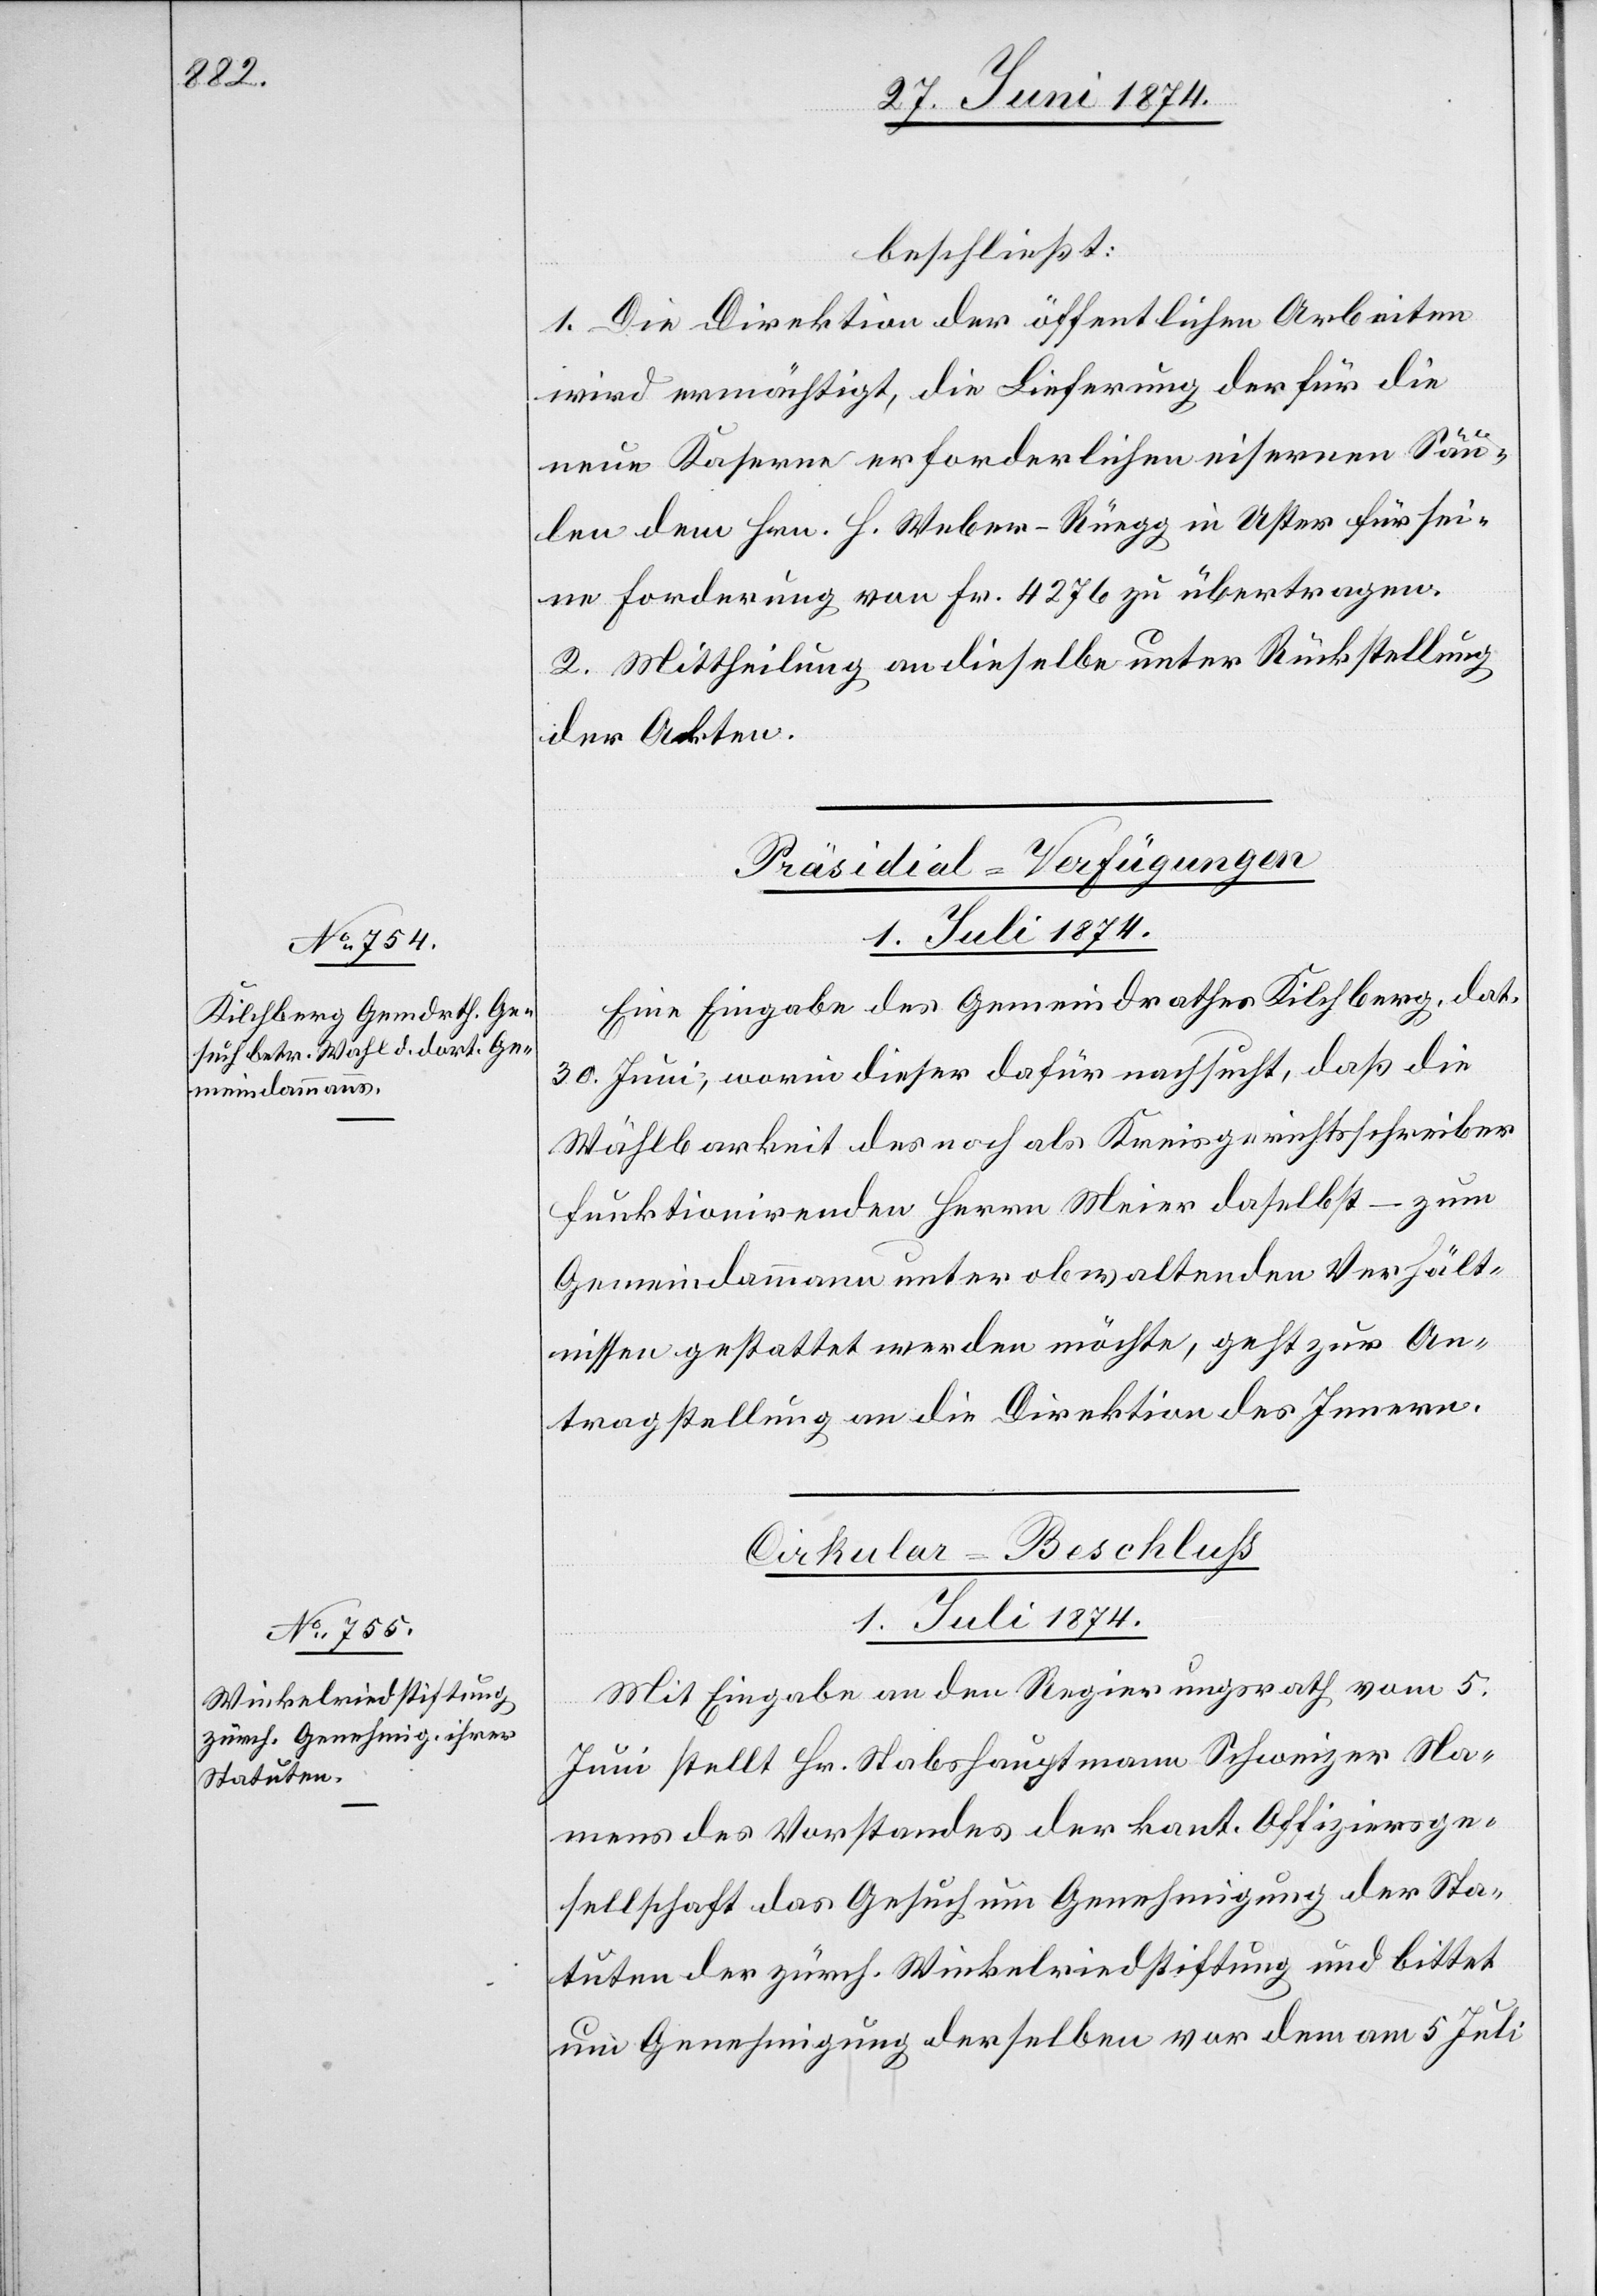
beschließt:
1. Die Direktion der öffentlichen Arbeiten
wird ermächtigt, die Lieferung der für die
neue Kaserne erforderlichen eisernen Säu¬
len dem Hrn. H. Weber-Rüegg in Uster für sei¬
ne Forderung von Fr. 4276 zu übertragen.
2. Mittheilung an dieselbe unter Rückstellung
der Akten.
Präsidial-Verfügungen.
1. Juli 1874.
Eine Eingabe des Gemeindrathes Kilchberg, dat.
30. Juni, worin dieser dafür nachsucht, daß die
Wählbarkeit des noch als Kreisgerichtsschreiber
funktionirenden Herrn Meier daselbst – zum
Gemeindammann unter obwaltenden Verhält¬
nissen gestattet werden möchte, geht zur An¬
tragstellung an die Direktion des Innern.
Cirkular-Beschluß.
[1. Juli 1874.]
Mit Eingabe an den Regierungsrath vom 5.
Juni stellt Hr. Stabshauptmann Schweizer Na¬
mens des Vorstandes der kant. Offiziersge¬
sellschaft das Gesuch um Genehmigung der Sta¬
tuten der zürch. Winkelriedstiftung und bittet
um Genehmigung derselben vor dem am 5. Juli